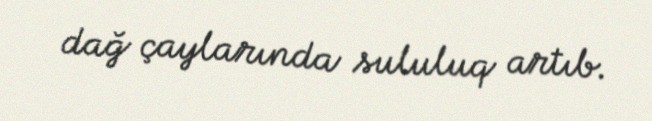
dağ çaylarında sululuq artıb.